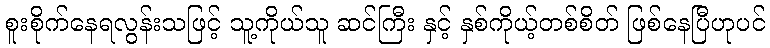
စူးစိုက်နေရလွန်းသဖြင့် သူ့ကိုယ်သူ ဆင်ကြီး နှင့် နှစ်ကိုယ့်တစ်စိတ် ဖြစ်နေပြီဟုပင်